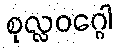
စုလ္လဝဂ္ဂေါ